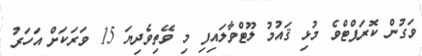
ވަގުން ކޮރަޕްޓްވެ މުޅި ޤައުމު ލޫޓްވާލައިފި މި ވޭތިވެދިޔަ 15 ވަރަކަށް އަހަރު